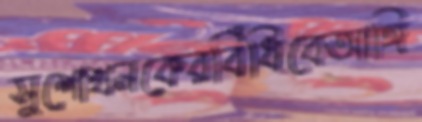
সুশোখনকেরবিঁধিবেআঙ্গি